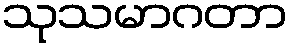
သုသမာဂတာ